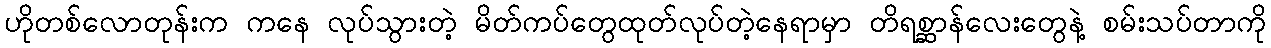
ဟိုတစ်လောတုန်းက ကနေ လုပ်သွားတဲ့ မိတ်ကပ်တွေထုတ်လုပ်တဲ့နေရာမှာ တိရစ္ဆာန်လေးတွေနဲ့ စမ်းသပ်တာကို